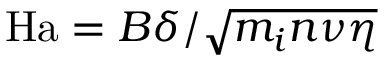
\mathrm { H a } = { B \delta } / { \sqrt { m _ { i } n \nu \eta } }